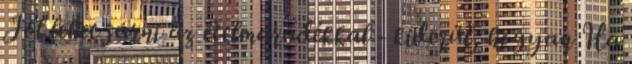
Jól lehet járni az ételmaradékkal - kiderül, hogyan Ha